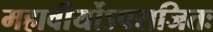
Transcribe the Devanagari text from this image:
महावीर्योऽपराजितः